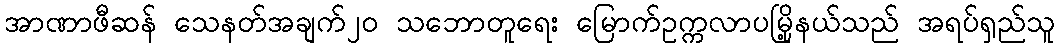
အာဏာဖီဆန် သေနတ်အချက်၂၀ သဘောတူရေး မြောက်ဥက္ကလာပမြို့နယ်သည် အရပ်ရှည်သူ